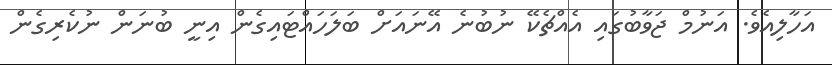
އަހާލިއެވެ. އަނުމް ޖަވާބުގައި އެއްޗެކޭ ނުބުނެ އޭނައަށް ބަލަހައްޓައިގެން އިނީ ބުނަން ނުކެރިގެން